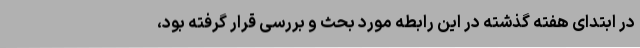
در ابتدای هفته گذشته در این رابطه مورد بحث و بررسی قرار گرفته بود،